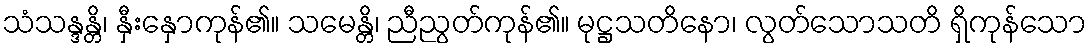
သံသန္ဒန္တိ၊ နှီးနှောကုန်၏။ သမေန္တိ၊ ညီညွတ်ကုန်၏။ မုဋ္ဌသတိနော၊ လွတ်သောသတိ ရှိကုန်သော